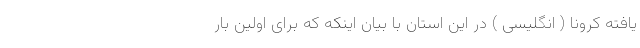
یافته کرونا ( انگلیسی ) در این استان با بیان اینکه که برای اولین بار